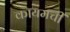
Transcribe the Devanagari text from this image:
कायमचीं